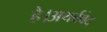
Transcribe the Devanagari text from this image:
है।अथर्ववेद